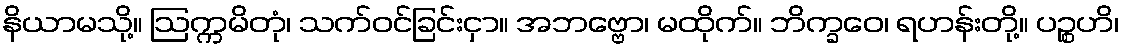
နိယာမသို့။ ဩက္ကမိတုံ၊ သက်ဝင်ခြင်းငှာ။ အဘဗ္ဗော၊ မထိုက်။ ဘိက္ခဝေ၊ ရဟန်းတို့။ ပဉ္စဟိ၊